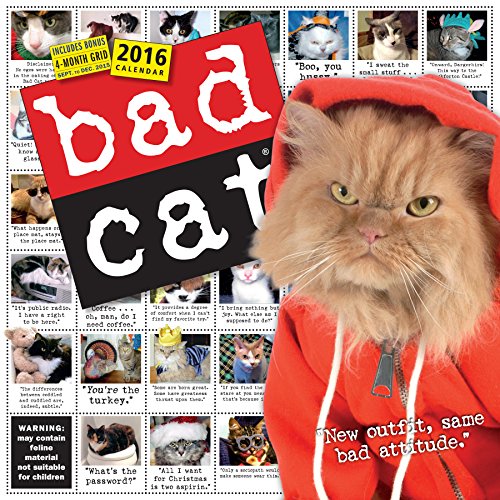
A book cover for Bad Cat Wall Calendar 2016; Workman Publishing; Calendars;